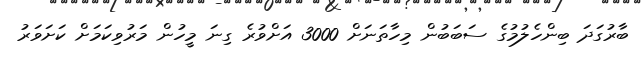
ބާރުގަދަ ބިންހެލުމުގެ ސަބަބުން މިހާތަނަށް 3000 އަށްވުރެ ގިނަ މީހުން މަރުވިކަމަށް ކަށަވަރު